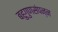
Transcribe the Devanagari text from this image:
बहुगुणसंपन्न